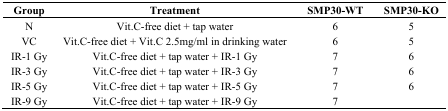
<table><thead><tr><td><b>Group</b></td><td><b>Treatment</b></td><td><b>SMP30-WT</b></td><td><b>SMP30-KO</b></td></tr></thead><tbody><tr><td>N</td><td>Vit.C-free diet + tap water</td><td>6</td><td>5</td></tr><tr><td>VC</td><td>Vit.C-free diet + Vit.C 2.5mg/ml in drinking water</td><td>6</td><td>5</td></tr><tr><td>IR-1 Gy</td><td>Vit.C-free diet + tap water + IR-1 Gy</td><td>7</td><td>6</td></tr><tr><td>IR-3 Gy</td><td>Vit.C-free diet + tap water + IR-3 Gy</td><td>7</td><td>6</td></tr><tr><td>IR-5 Gy</td><td>Vit.C-free diet + tap water + IR-5 Gy</td><td>7</td><td>6</td></tr><tr><td>IR-9 Gy</td><td>Vit.C-free diet + tap water + IR-9 Gy</td><td>7</td><td></td></tr></tbody></table>